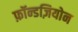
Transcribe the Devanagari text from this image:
फ़ॉन्डज़ियोन